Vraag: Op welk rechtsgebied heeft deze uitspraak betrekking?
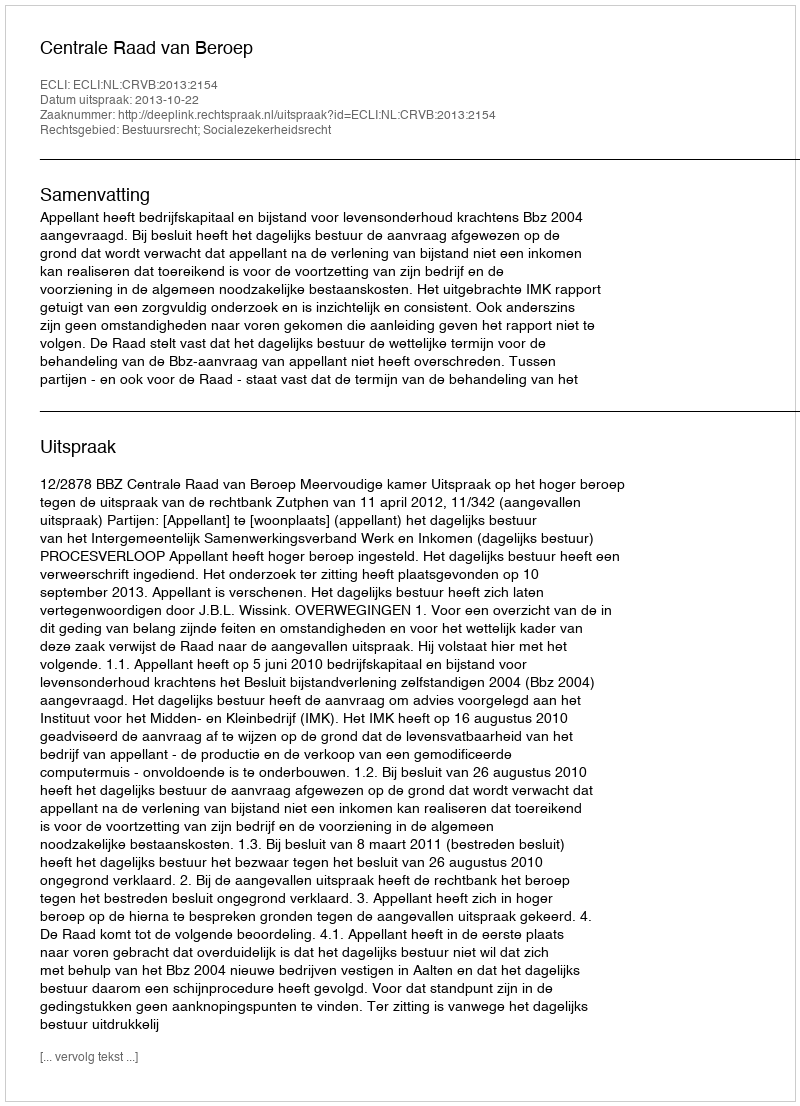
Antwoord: Bestuursrecht; Socialezekerheidsrecht